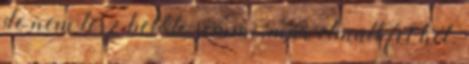
de nem lesz belőle semmi, már elmúlt fél hét.